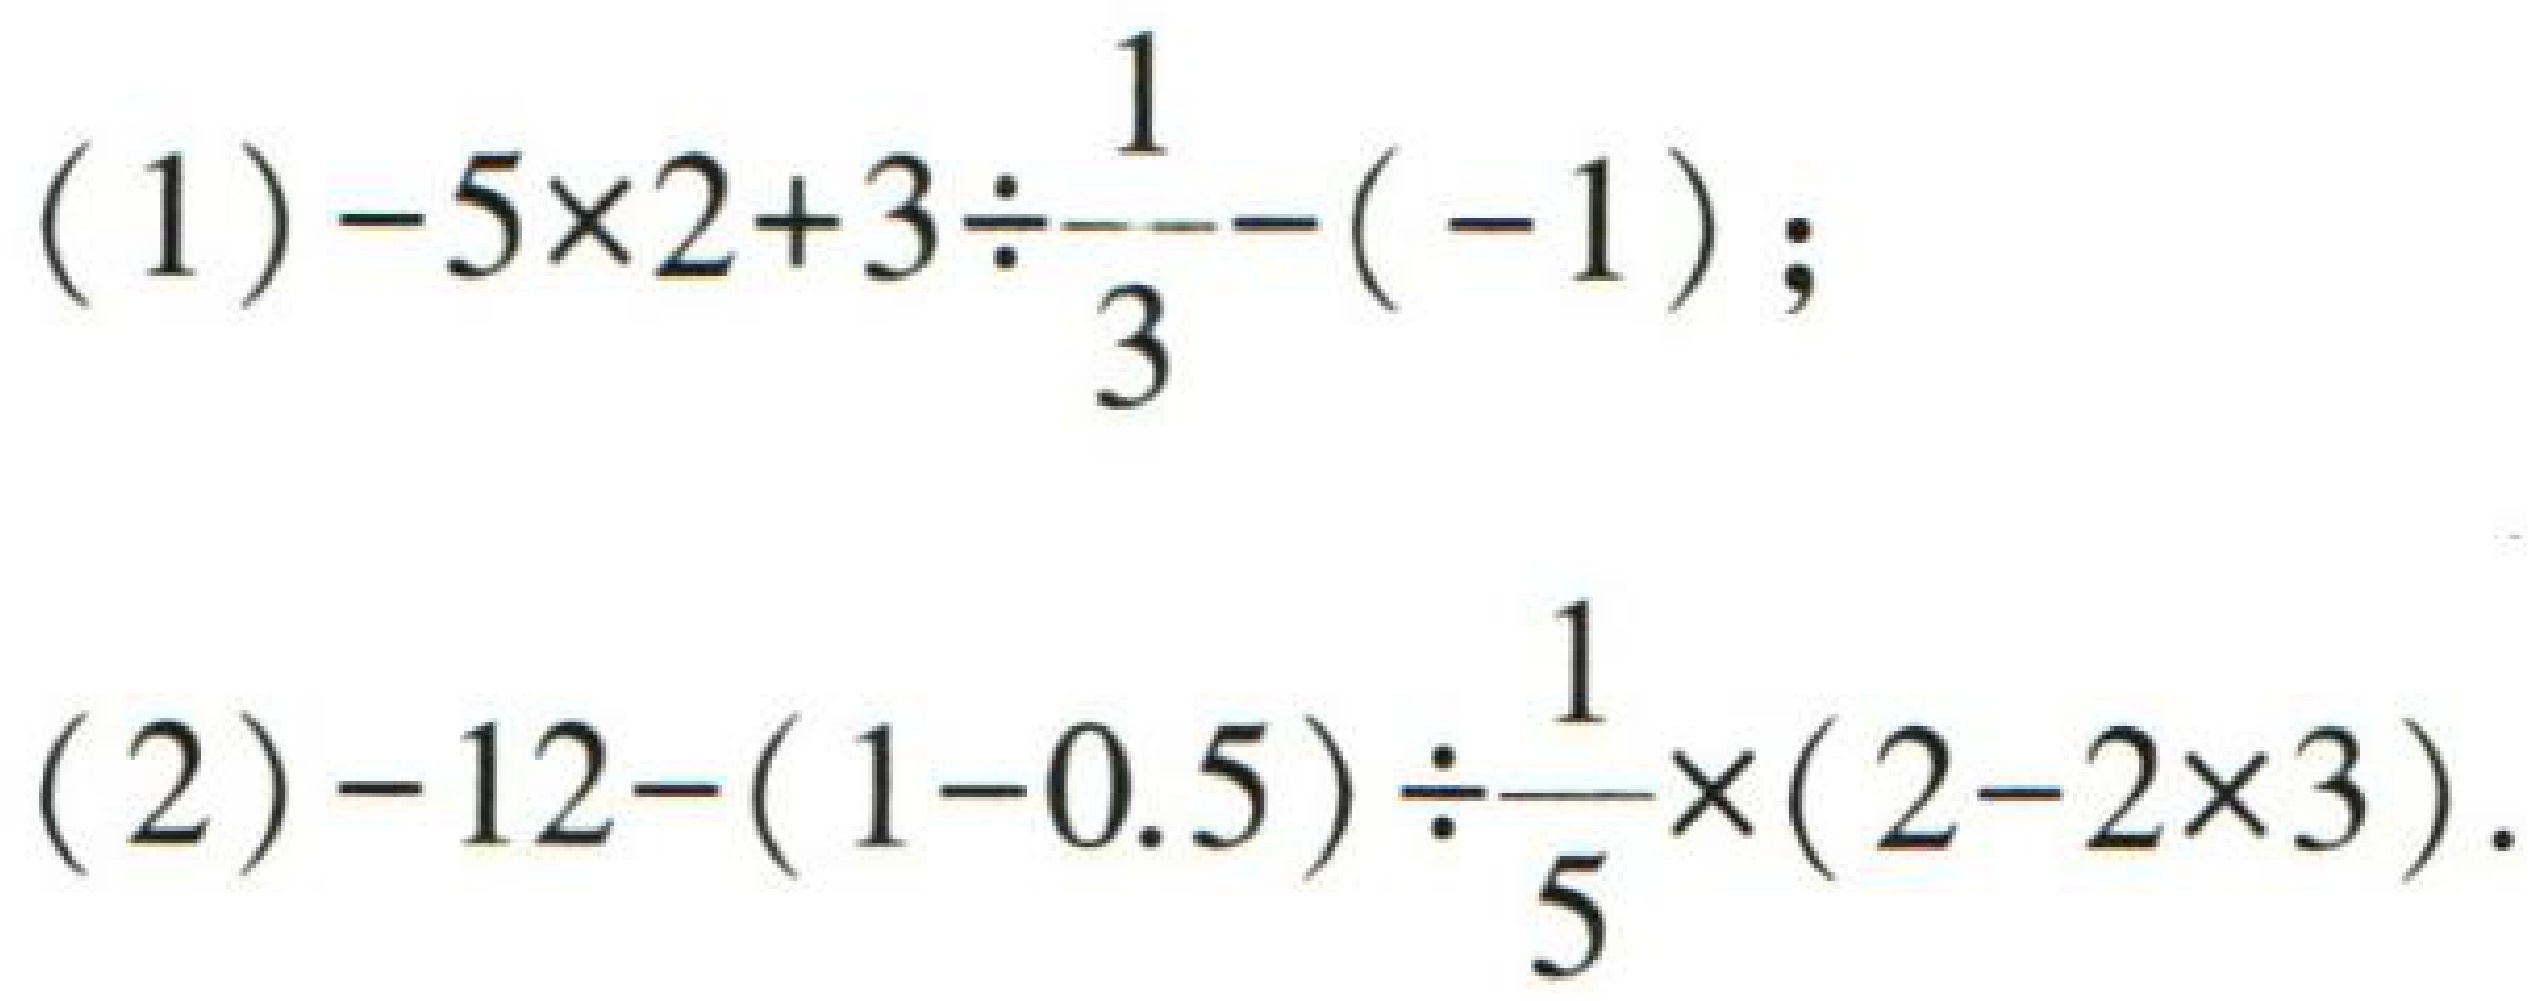
(1) \(-5\times2 + 3\div\frac{1}{3}-(-1)\);
(2) \(-12-(1 - 0.5)\div\frac{1}{5}\times(2 - 2\times3)\)